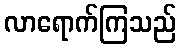
လာရောက်ကြသည်